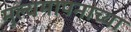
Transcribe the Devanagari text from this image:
मुल्यमापनाच्या